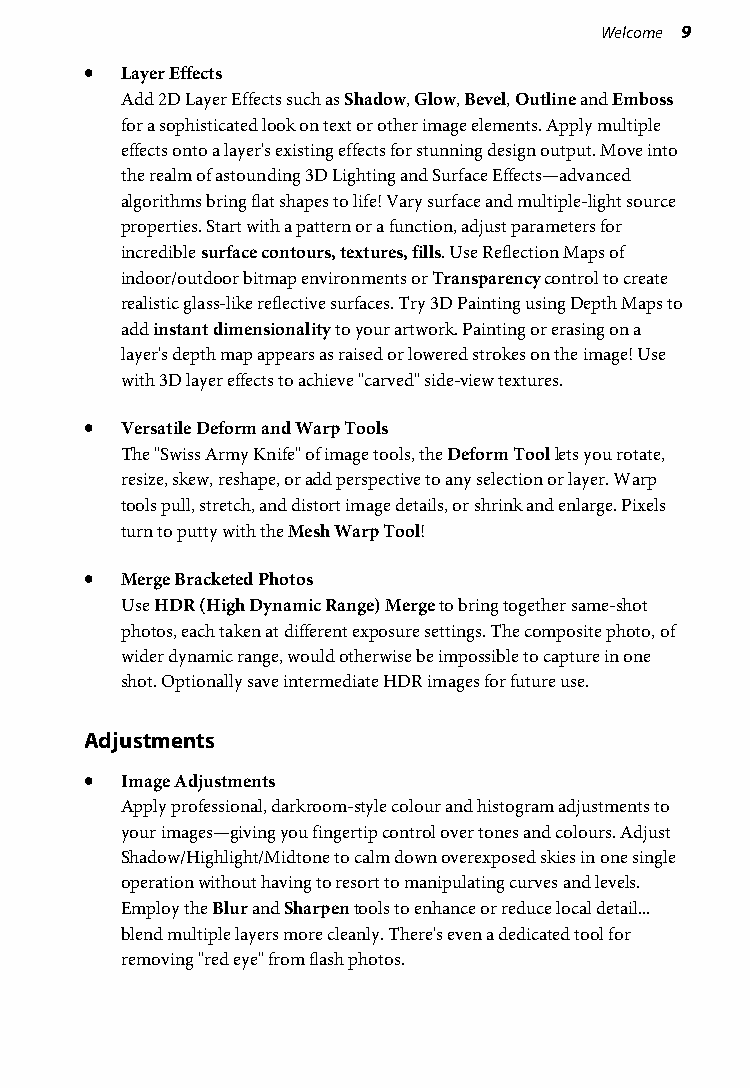
Welcome 9
 • Layer Effects
 Add 2D Layer Effects such as Shadow, Glow, Bevel, Outline and Emboss
 for a sophisticated look on text or other image elements. Apply multiple
 effects onto a layer's existing effects for stunning design output. Move into
 the realm of astounding 3D Lighting and Surface Effects—advanced
 algorithms bring flat shapes to life! Vary surface and multiple-light source
 properties. Start with a pattern or a function, adjust parameters for
 incredible surface contours, textures, fills. Use Reflection Maps of
 indoor/outdoor bitmap environments or Transparency control to create
 realistic glass-like reflective surfaces. Try 3D Painting using Depth Maps to
 add instant dimensionality to your artwork. Painting or erasing on a
 layer's depth map appears as raised or lowered strokes on the image! Use
 with 3D layer effects to achieve "carved" side-view textures.
 • Versatile Deform and Warp Tools
 The "Swiss Army Knife" of image tools, the Deform Tool lets you rotate,
 resize, skew, reshape, or add perspective to any selection or layer. Warp
 tools pull, stretch, and distort image details, or shrink and enlarge. Pixels
 turn to putty with the Mesh Warp Tool!
 • Merge Bracketed Photos
 Use HDR (High Dynamic Range) Merge to bring together same-shot
 photos, each taken at different exposure settings. The composite photo, of
 wider dynamic range, would otherwise be impossible to capture in one
 shot. Optionally save intermediate HDR images for future use.
 Adjustments
 • Image Adjustments
 Apply professional, darkroom-style colour and histogram adjustments to
 your images—giving you fingertip control over tones and colours. Adjust
 Shadow/Highlight/Midtone to calm down overexposed skies in one single
 operation without having to resort to manipulating curves and levels.
 Employ the Blur and Sharpen tools to enhance or reduce local detail...
 blend multiple layers more cleanly. There's even a dedicated tool for
 removing "red eye" from flash photos.